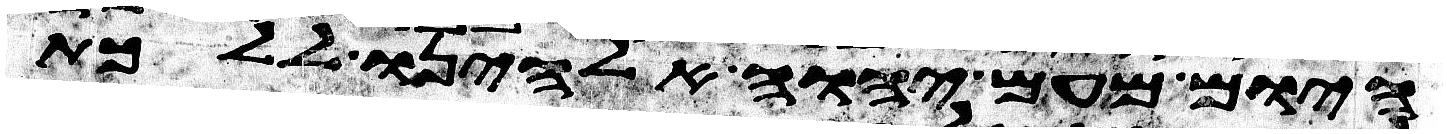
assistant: היום מעם יהוה אלהינו ללכת